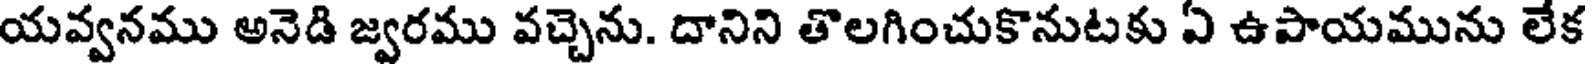
యవ్వనము అనెడి జ్వరము వచ్చెను. దానిని తొలగించుకొనుటకు ఏ ఉపాయమును లేక